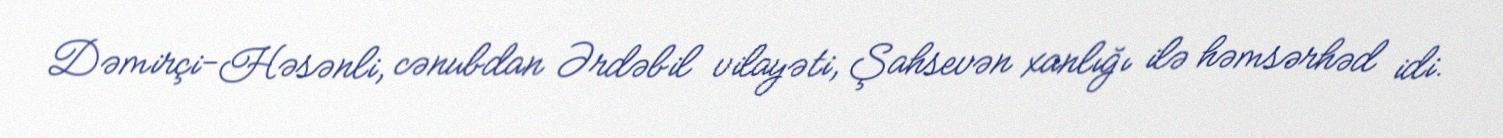
Dəmirçi-Həsənli, cənubdan Ərdəbil vilayəti, Şahsevən xanlığı ilə həmsərhəd idi.